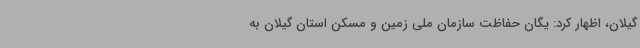
گیلان، اظهار کرد: یگان حفاظت سازمان ملی زمین و مسکن استان گیلان به